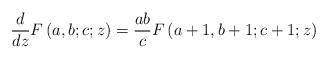
LaTeX: \begin{align*}\frac{d}{dz}F\left(a,b;c;z\right)=\frac{ab}{c}F\left(a+1,b+1;c+1;z\right)\end{align*}